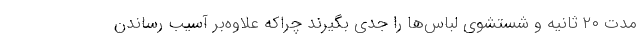
مدت ۲۰ ثانیه و شستشوی لباس‌ها را جدی بگیرند چراکه علاوه‌بر آسیب رساندن